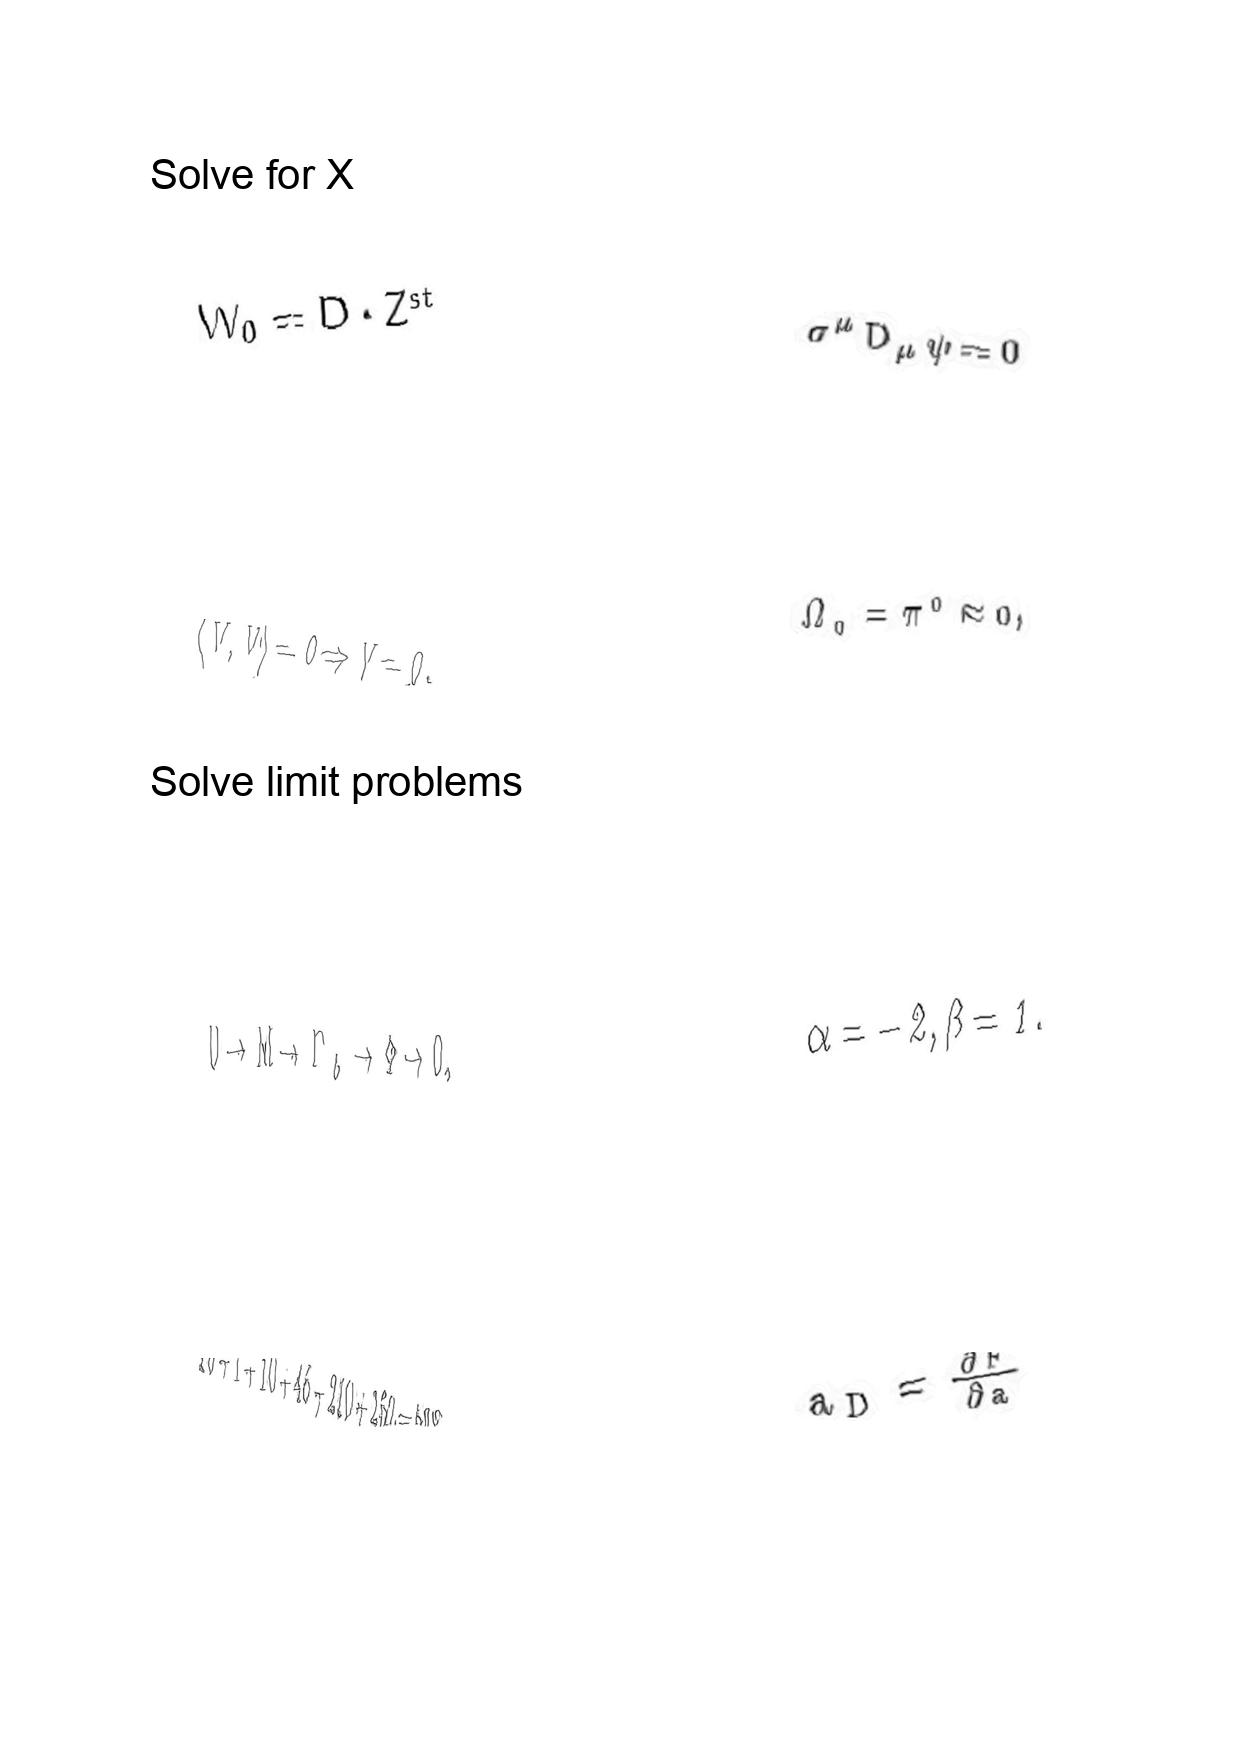
LaTeX transcription:
W _ { 0 } = D \cdot Z ^ { s t }
\langle V , V \rangle = 0 \Rightarrow V = 0 .
0 \to M \to \Gamma _ { 8 } \to \Phi \to 0 ,
1 0 + 1 + 1 0 + 4 5 + 2 1 0 + 2 5 2 = 5 2 8 .
\sigma ^ { \mu } D _ { \mu } \psi = 0
\Omega _ { 0 } = \pi ^ { 0 } \approx 0 ,
\alpha = - 2 , \beta = 1 .
a _ { D } = \frac { \partial F } { \partial a }